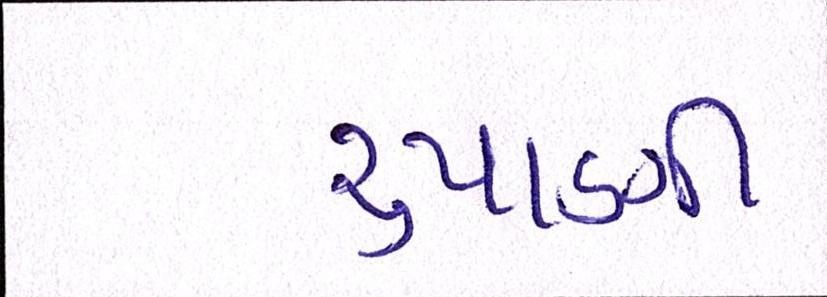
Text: રૃપાણી